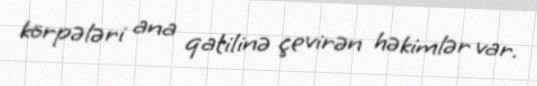
körpələri ana qatilinə çevirən həkimlər var.